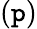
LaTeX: (\mathtt{p})